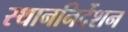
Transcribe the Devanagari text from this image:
स्थाननिर्देशन